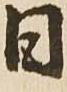
日